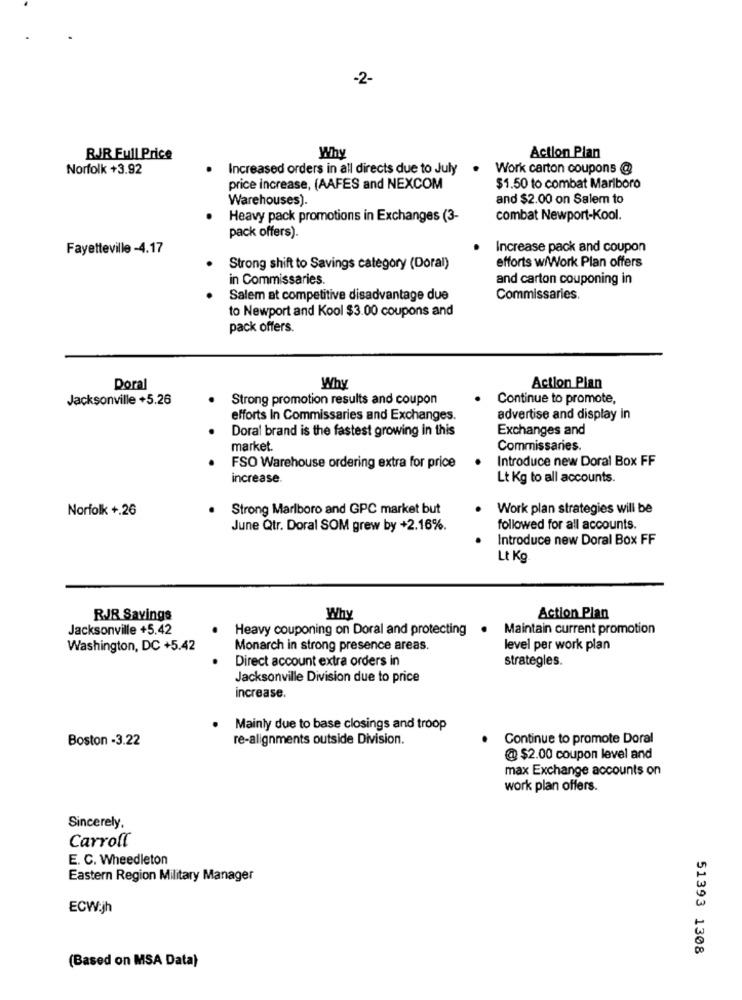
-2-
Why
Action Plan
RJJR Full Price
Norfolk +3.92
Increased orders in all directs due to July
Work carton coupons @
price increase, (AAFES and NEXCOM
$1.50 to combat Marlboro
Warehouses).
and $2.00 on Salem to
Heavy pack promotions in Exchanges (3-
combat Newport-Kool.
pack offers).
Fayetteville -4.17
Increase pack and coupon
efforts w/Work Plan offers
Strong shift to Savings category (Doral)
in Commissaries.
and carton couponing in
Salem at competitive disadvantage due
Commissaries.
to Newport and Kool $3.00 coupons and
pack offers.
Doral
Why
Action Plan
Jacksonville +5.26
Strong promotion results and coupon
Continue to promote,
efforts In Commissaries and Exchanges.
advertise and display in
Doral brand is the fastest growing in this
Exchanges and
market.
Commissaries.
Introduce new Doral Box FF
FSO Warehouse ordering extra for price
increase.
Lt Kg to all accounts.
Norfolk +.26
Strong Marlboro and GPC market but
Work plan strategies will be
June Qtr. Doral SOM grew by +2.16%.
followed for all accounts.
Introduce new Doral Box FF
Lt Kg
RJR Savings
Why
Action Plan
Jacksonville +5.42
Heavy couponing on Doral and protecting
. Maintain current promotion
Washington, DC +5.42
Monarch in strong presence areas.
level per work plan
Direct account extra orders in
strategies.
Jacksonville Division due to price
increase
. Mainly due to base closings and troop
Boston -3.22
re-alignments outside Division.
Continue to promote Doral
@ $2.00 coupon level and
max Exchange accounts on
work plan offers.
Sincerely,
Carroll
E. C. Wheedleton
Eastern Region Military Manager
ECW:jh
51393 1308
(Based on MSA Data)